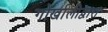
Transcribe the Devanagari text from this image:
गोर्खालीद्वारा